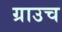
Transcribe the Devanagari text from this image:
ग्राउच